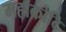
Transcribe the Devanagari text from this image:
महाकोटि